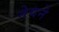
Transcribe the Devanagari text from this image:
नेयने